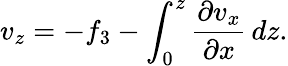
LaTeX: v_{z}=-f_{3}-\int_{0}^{z}\frac{\partial v_{x}}{\partial x}\, dz.